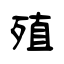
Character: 殖